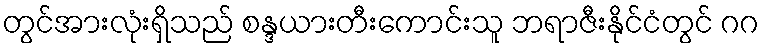
တွင်အားလုံးရှိသည် စန္ဒယားတီးကောင်းသူ ဘရာဇီးနိုင်ငံတွင် ဂဂ